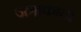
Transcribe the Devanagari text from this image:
जत्राकाठी